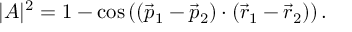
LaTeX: | A | ^ { 2 } = 1 - \cos \left( ( \vec { p } _ { 1 } - \vec { p } _ { 2 } ) \cdot ( \vec { r } _ { 1 } - \vec { r } _ { 2 } ) \right) .